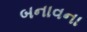
બનાવના